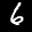
Label: 6